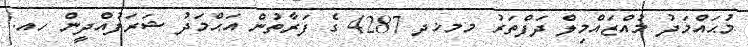
މުޙައްމަދު މުއްޒައްމިލް ދަފްތަރު މމޚދ 4287 ގެ ފަރާތުން އަޙްމަދު ޝަރަފުއްދީން ހއ.